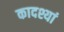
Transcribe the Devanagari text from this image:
कादश्यां